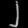
Digit: ၂